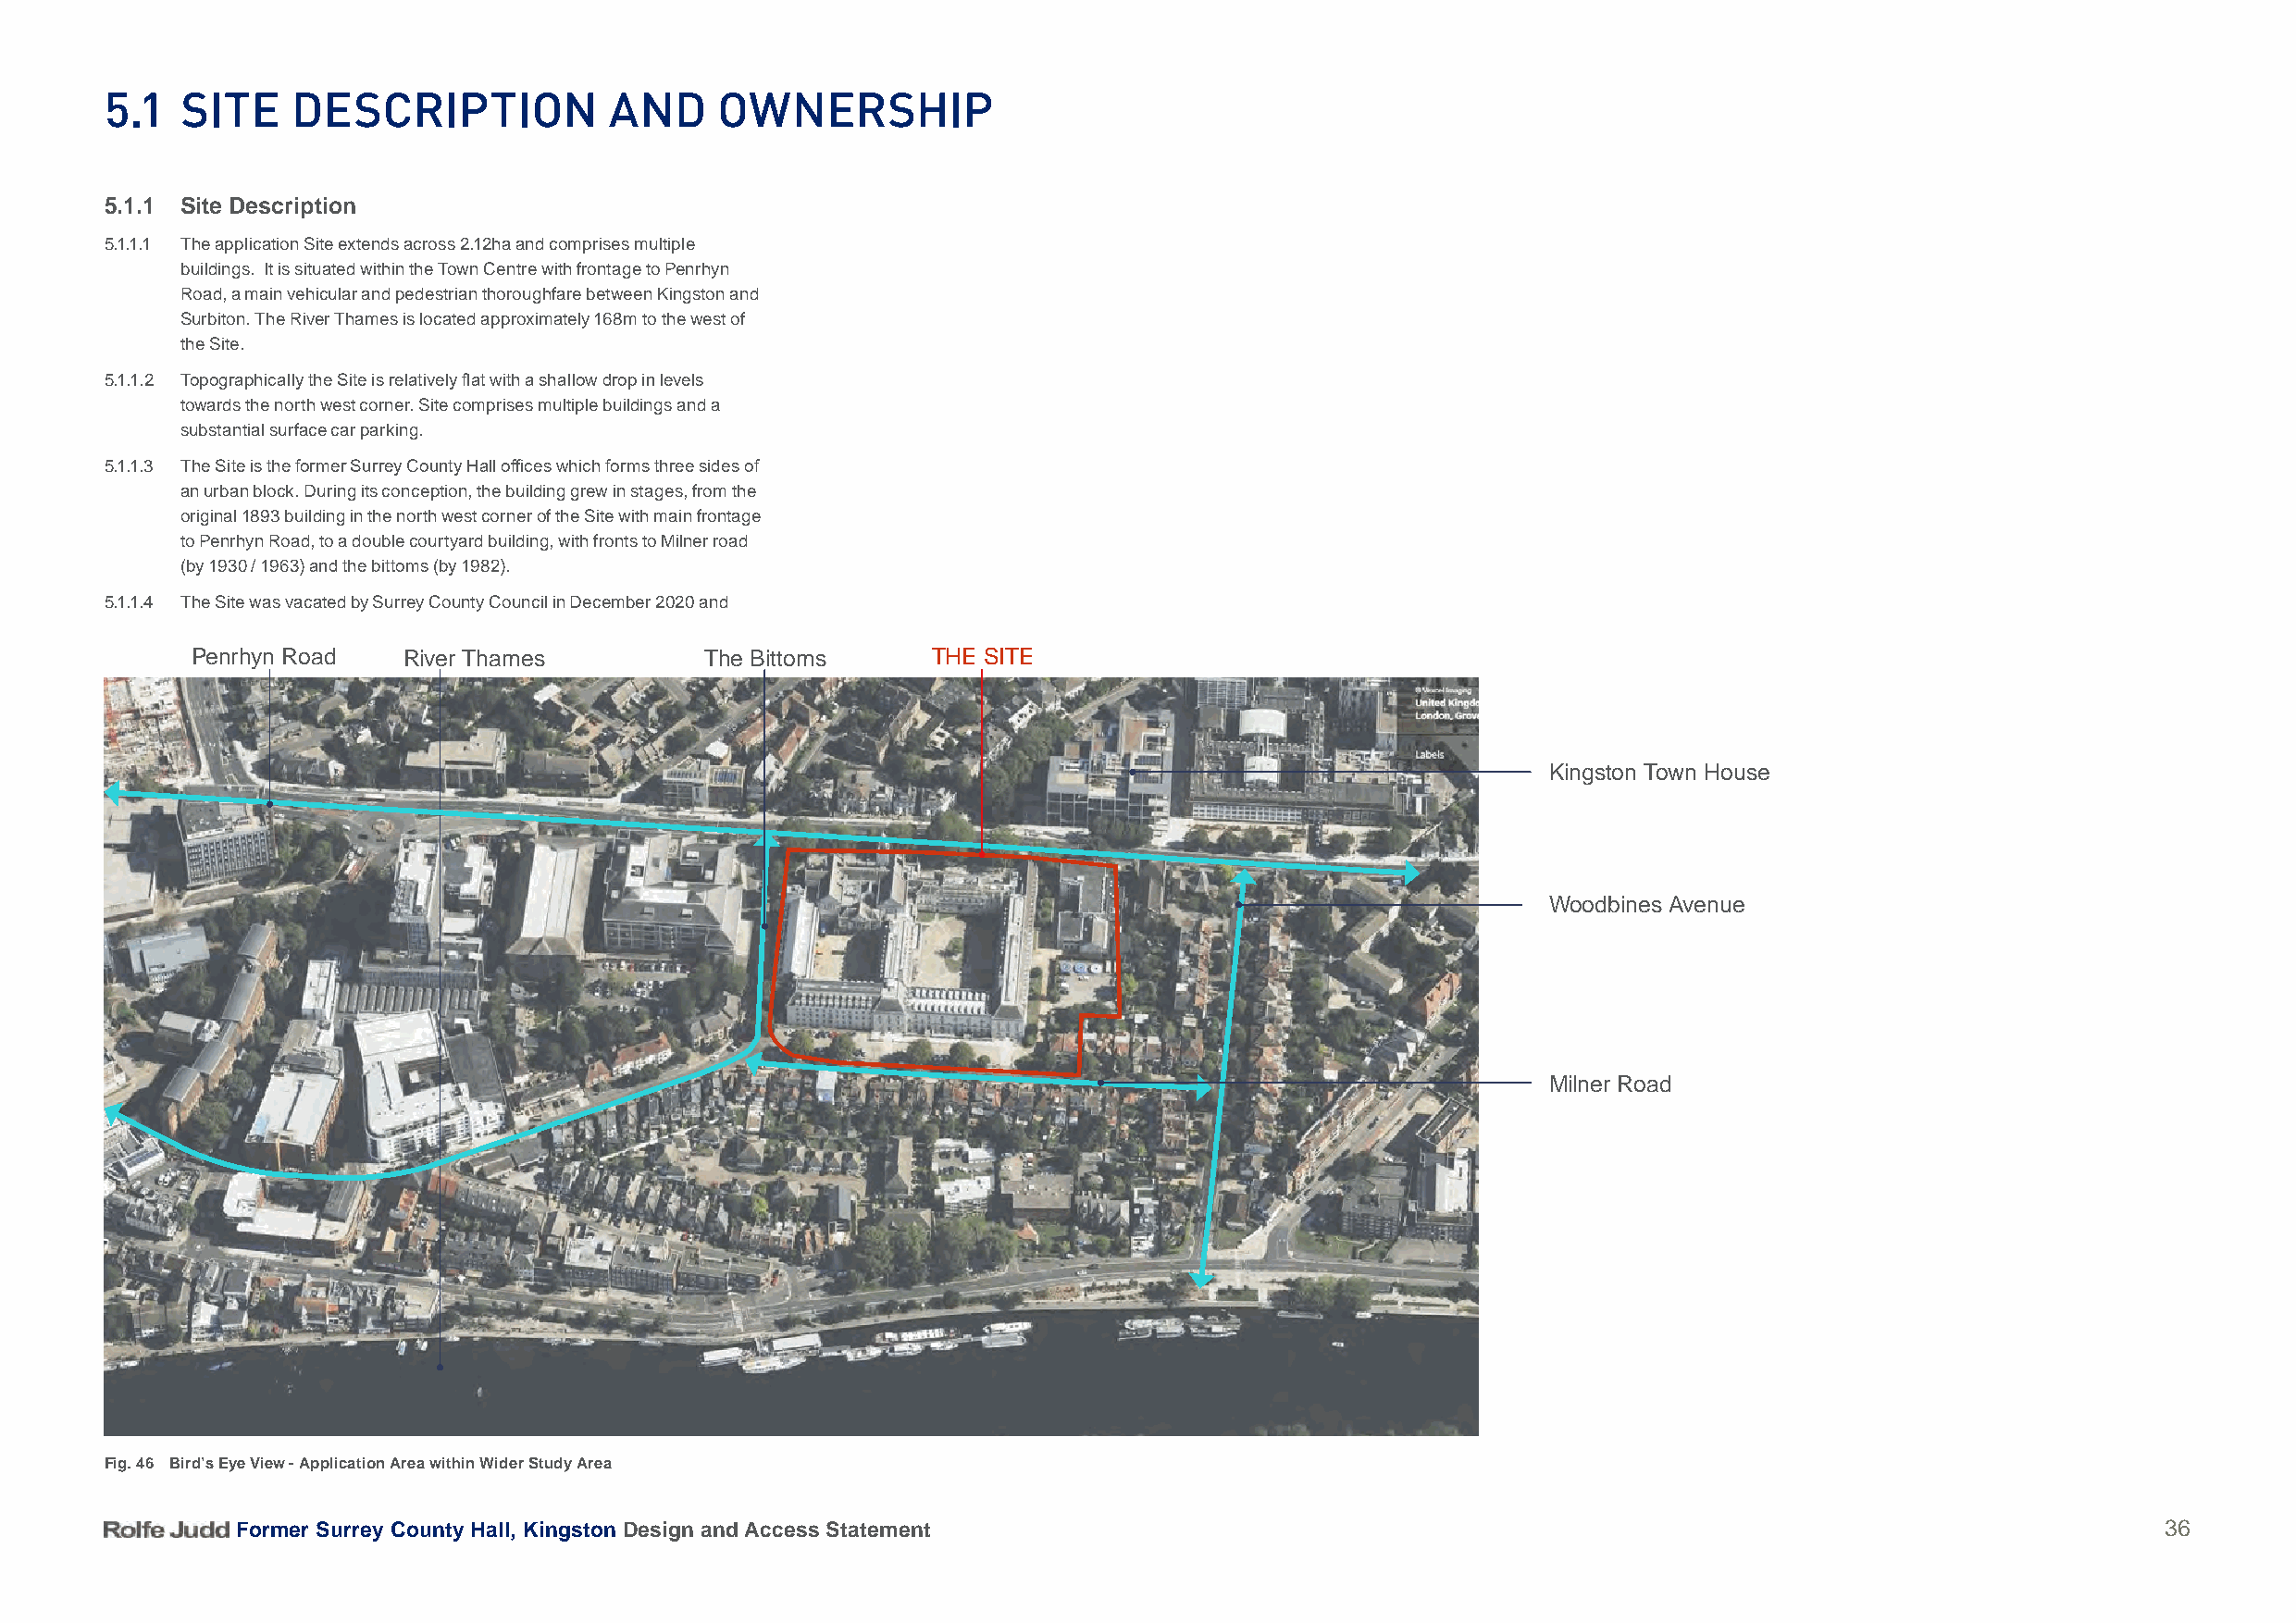
5.1   Site    DeSCriPtion            anD    oWnerSHiP
 5.1.1 Site Description
 5.1.1.1 The application Site extends across 2.12ha and comprises multiple
 buildings. It is situated within the Town Centre with frontage to Penrhyn
 Road, a main vehicular and pedestrian thoroughfare between Kingston and
 Surbiton. The River Thames is located approximately 168m to the west of
 the Site.
 5.1.1.2 Topographically the Site is relatively flat with a shallow drop in levels
 towards the north west corner. Site comprises multiple buildings and a
 substantial surface car parking.
 5.1.1.3 The Site is the former Surrey County Hall offices which forms three sides of
 an urban block. During its conception, the building grew in stages, from the
 original 1893 building in the north west corner of the Site with main frontage
 to Penrhyn Road, to a double courtyard building, with fronts to Milner road
 (by 1930 / 1963) and the bittoms (by 1982).
 5.1.1.4 The Site was vacated by Surrey County Council in December 2020 and
 Penrhyn Road   River Thames         The Bittoms      THE SITE
 Kingston Town House
 Woodbines Avenue
 Milner Road
 Fig. 46 Bird’s Eye View - Application Area within Wider Study Area
 Former Surrey County Hall, Kingston Design and Access Statement                                                                           36